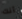
أنك